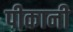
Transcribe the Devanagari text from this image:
पीकानी